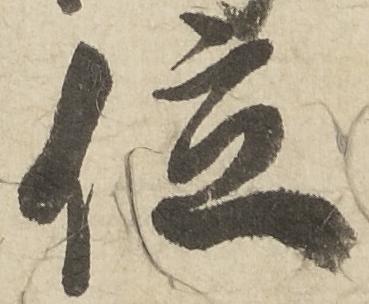
位